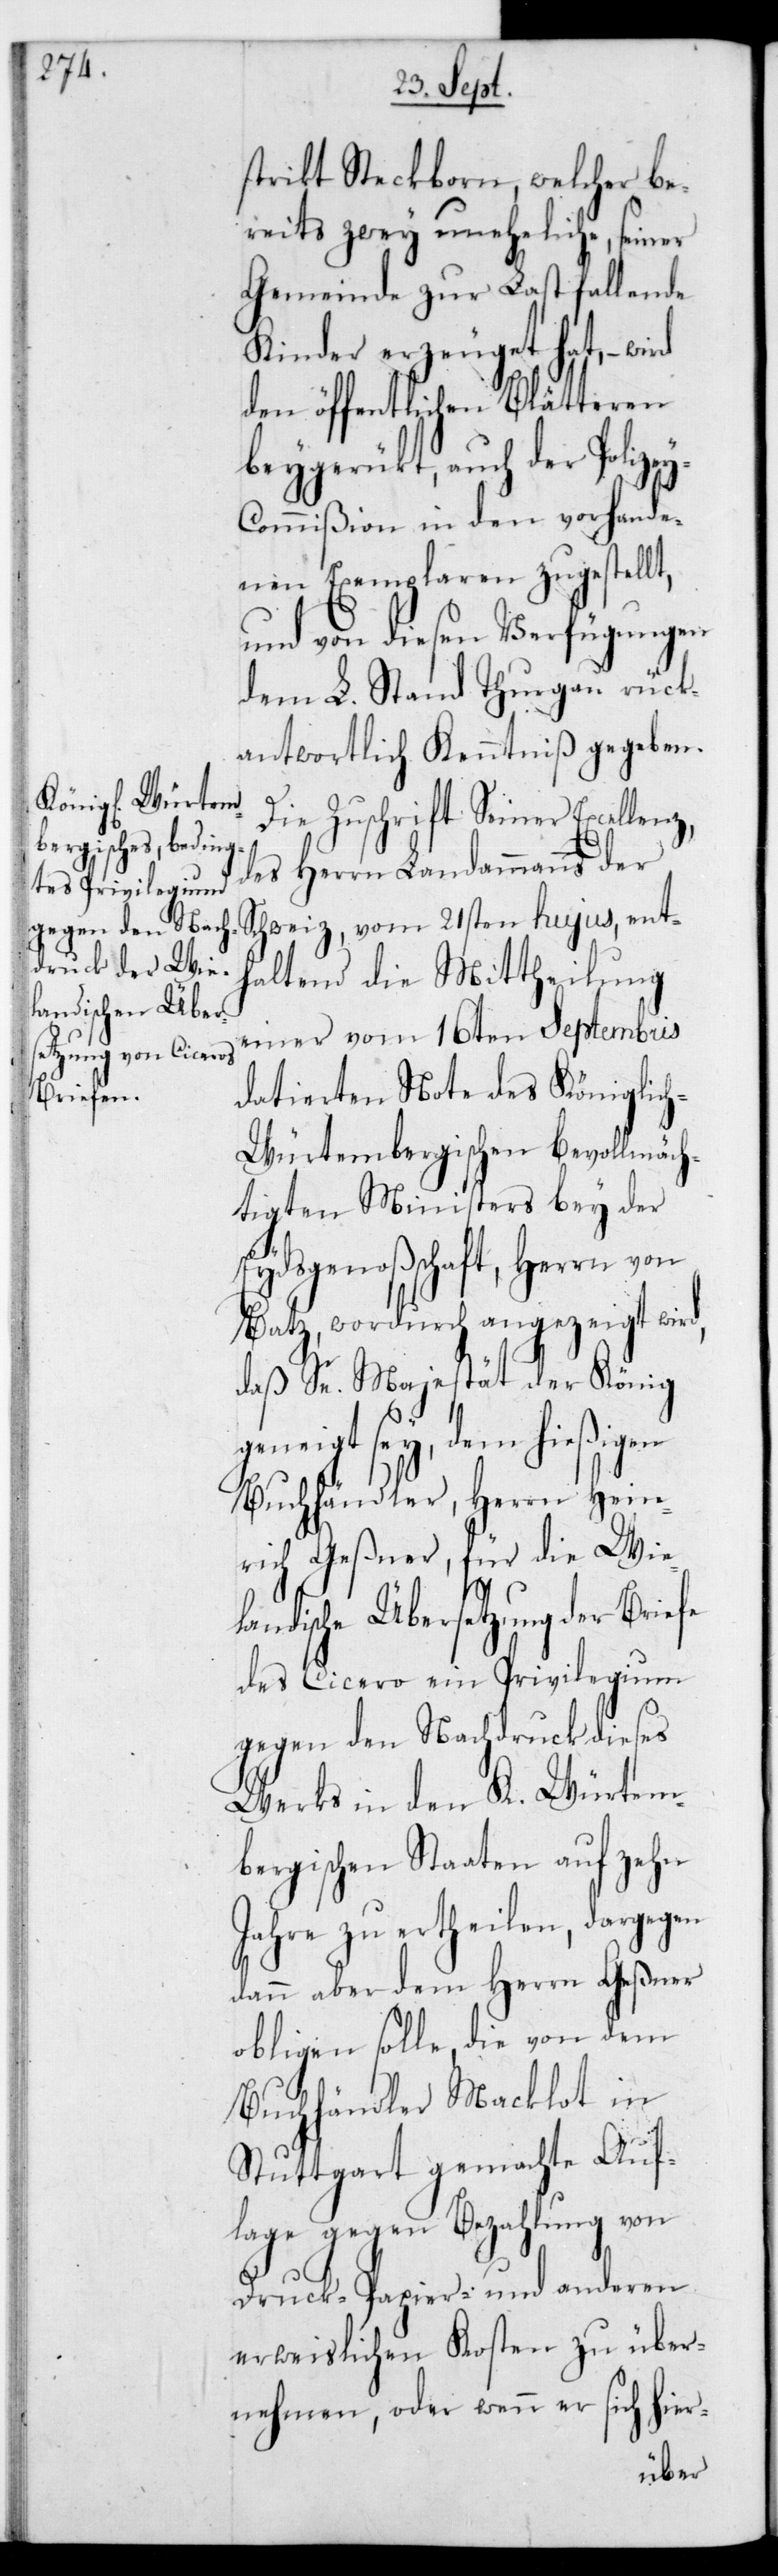
z,d¬

strikt Steckborn, welcher be¬
reits zwey uneheliche, seiner
Gemeinde zur Last fallende
Kinder erzeuget hat, – wird
den öffentlichen Blätteren
beygerückt, auch der Polize¬
y-Commißion in den vorhande¬
nen Exemplaren zugestellt,
und von diesen Verfügungen
dem L. Stand Thurgau rück¬
antwortlich Kenntniß gegeben.
Die Zuschrift Seiner Excellen¬
es Herren Landammanns der
Schweiz, vom 21sten hujus, ent¬
haltend die Mittheilung
einer vom 16ten Septembris
datierten Note des Königlic¬
h-Würtembergischen bevollmäch¬
tigen Ministers bey der
Eydsgenoßenschaft, Herrn von
Batz, wordurch angezeigt wird,
daß Se. Majestät der König
geneigt sey, dem hießigen
Buchhändler, Herrn Hein¬
rich Geßner, für die Wiel¬
andische Übersetzung der Briefe
des Cicero ein Privilegium
gegen den Nachdruck dieses
Werks in den K. Würtem¬
bergischen Staaten auf zehn
Jahre zu ertheilen, dargegen
dann aber dem Herrn Geßner
obliegen solle, die von dem
Buchhändler Macklot in
Stuttgart gemachte Auf¬
lage gegen Bezahlung von
Druck-, Papier- und anderen
erweislichen Kosten zu über¬
nehmen, oder wenn er sich hier-